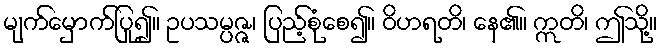
မျက်မှောက်ပြု၍။ ဥပသမ္ပဇ္ဇ၊ ပြည့်စုံစေ၍။ ဝိဟရတိ၊ နေ၏။ ဣတိ၊ ဤသို့။